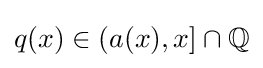
q(x)\in (a(x),x]\cap \mathbb {Q}